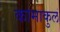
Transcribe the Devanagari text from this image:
कामाकुलं